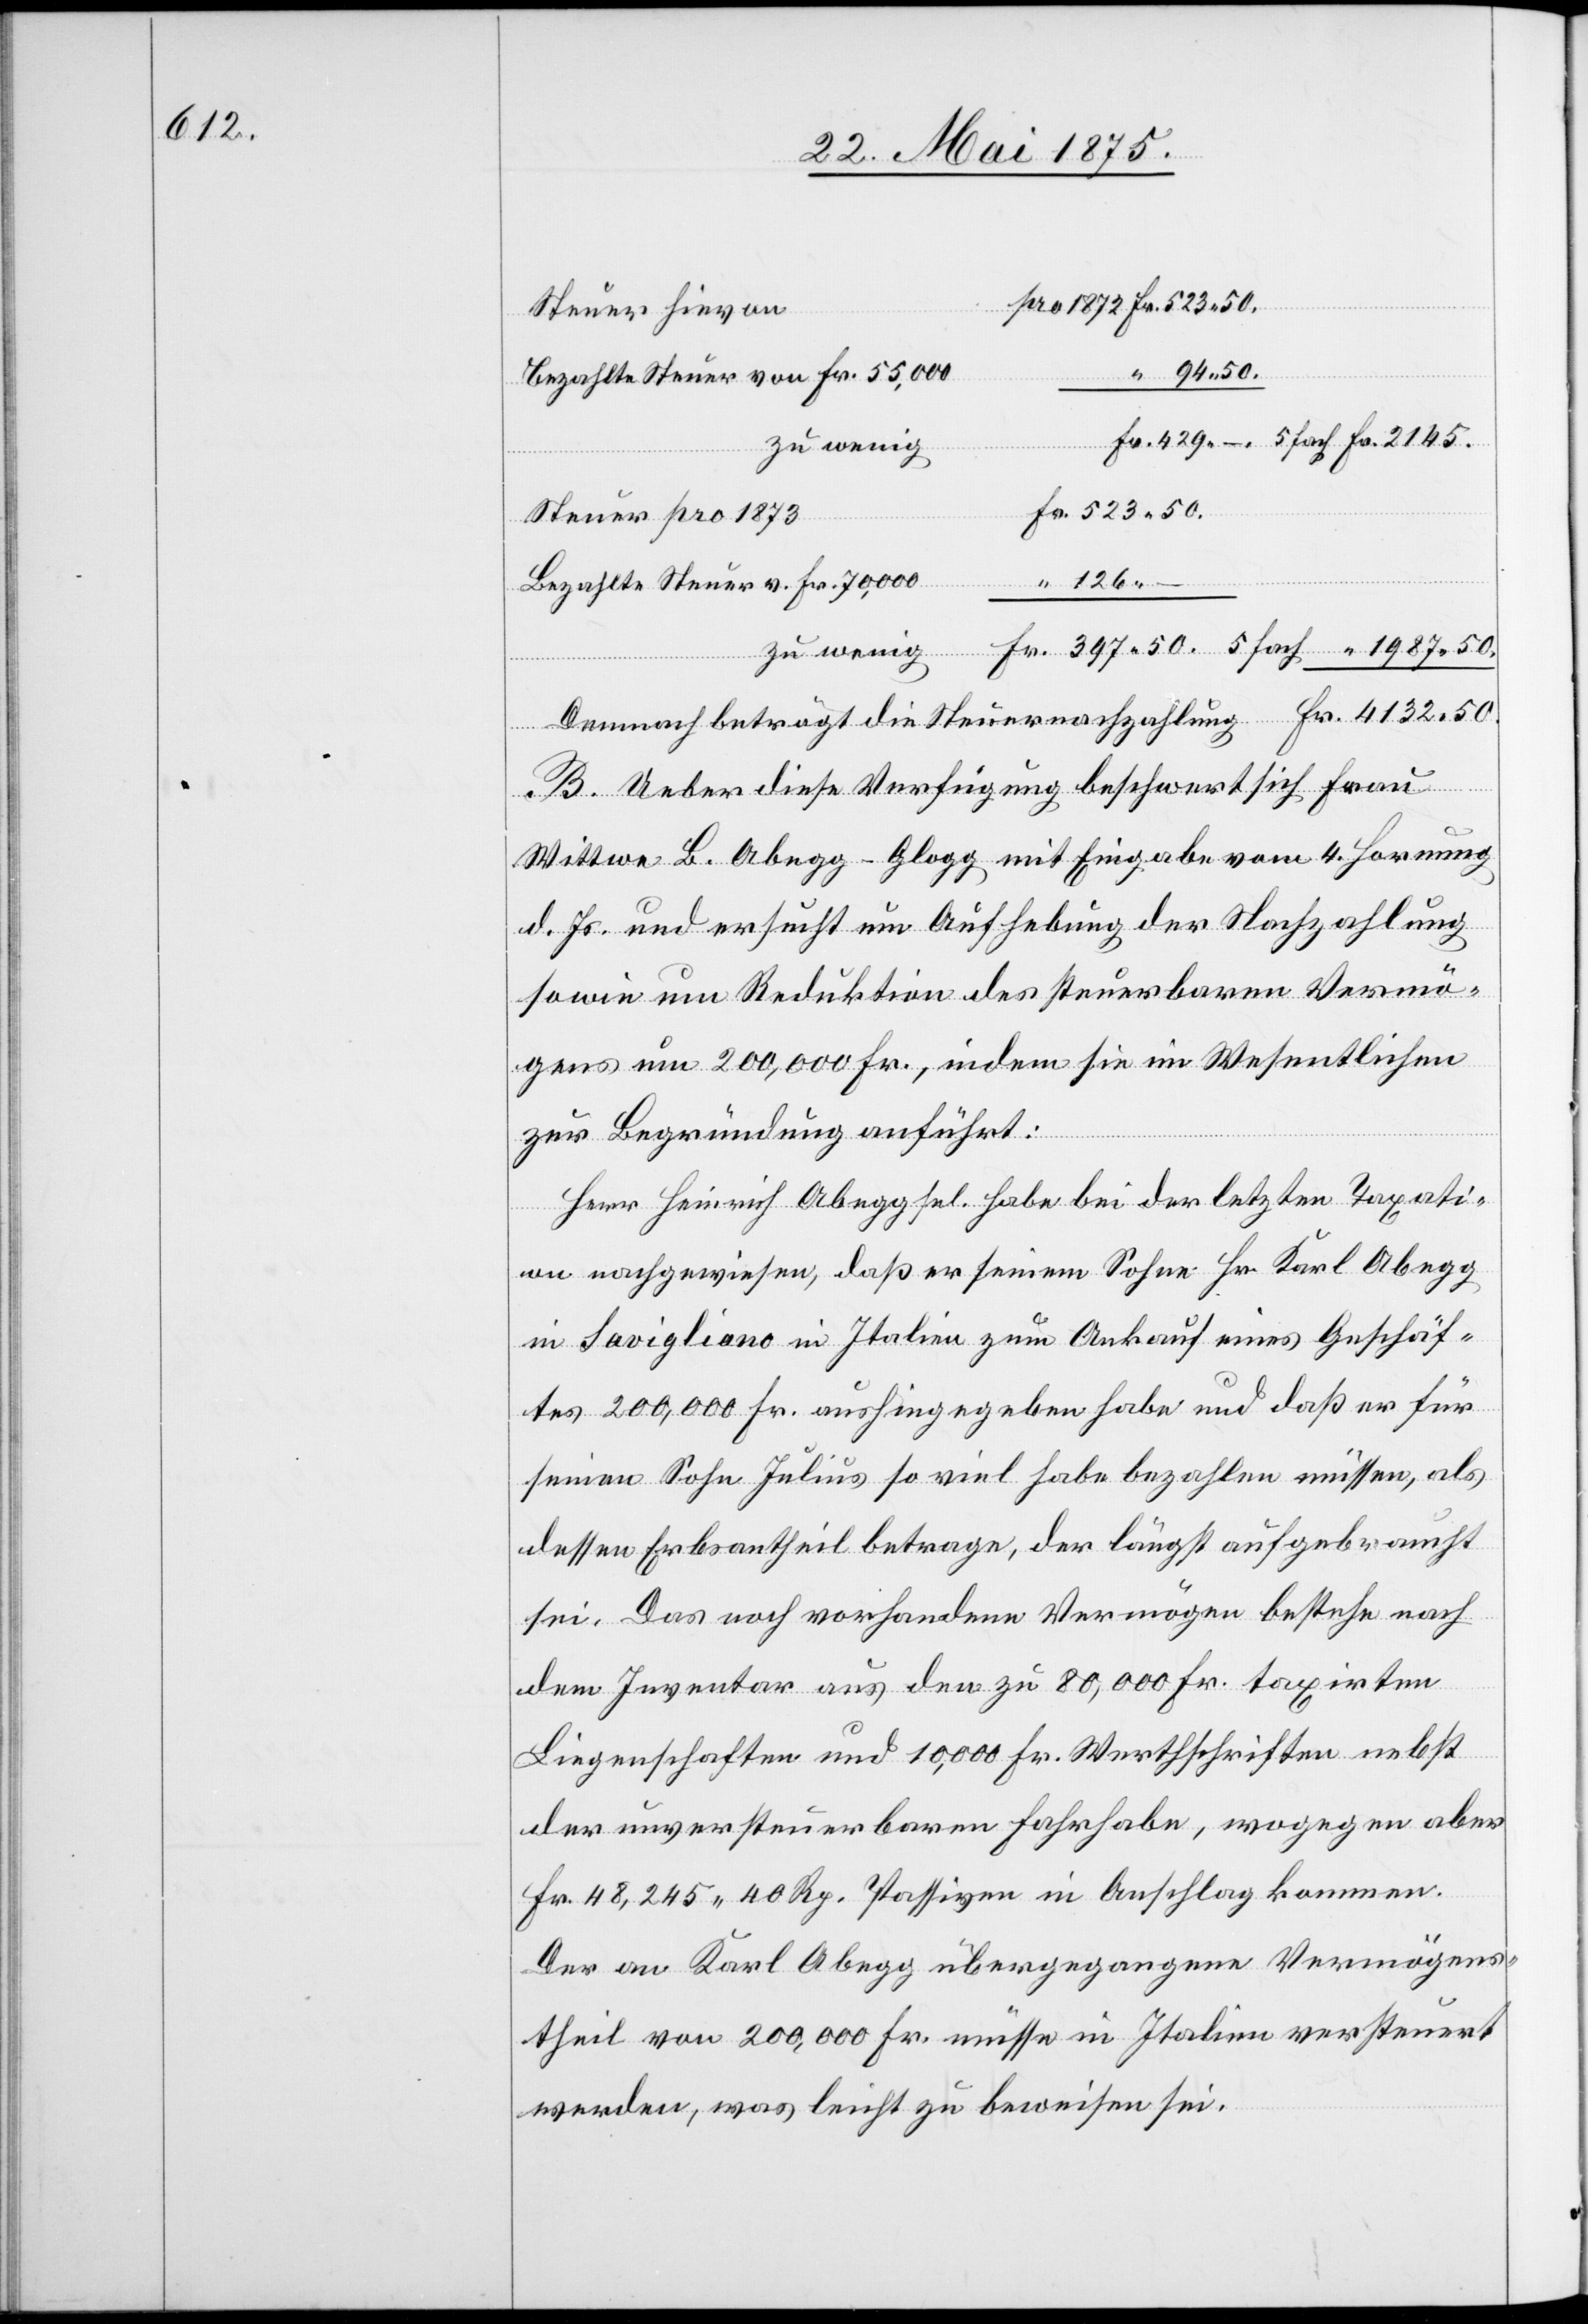
50.

“
Steuer hievon
397 50.
bezahlte Steuer von Fr. 55,000
zu wenig
Steuer pro 1873
Bezahlte Steuer v. Fr. 70,000
B. Ueber diese Verfügung beschwert sich Frau
Wittwe Abegg-Glogg mit Eingabe vom 4. Hornung
d. Js. und ersucht um Aufhebung der Nachzahlung
sowie um Reduktion des steuerbaren Vermö¬
gens um 200,000 Fr., indem sie im Wesentlichen
zur Begründung anführt:
Herr Heinrich Abegg sel. habe bei der letzten Taxati¬
on nachgewiesen, daß er seinem Sohne Hr. Karl Abegg
in Savigliano in Italien zum Ankauf eines Geschäf¬
tes 200,000 Fr. aushingegeben habe und daß er für
seinen Sohn Julius so viel habe bezahlen müssen, als
dessen Erbsantheil betrage, der längst aufgebraucht
sei. Das noch vorhandene Vermögen bestehe nach
dem Inventar aus den zu 80,000 Fr. taxierten
Liegenschaften und 10,000 Fr. Werthschriften nebst
der unversteuerbaren Fahrhabe, wogegen aber
Fr. 48,245 40 Rp. Passiven in Anschlag kommen.
Der an Karl Abegg übergegangene Vermögens¬
theil von 200,000 Fr. müsse in Italien versteuert
werden, was leicht zu beweisen sei.